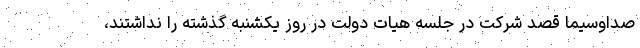
صداوسیما قصد شرکت در جلسه هیات دولت در روز یکشنبه گذشته را نداشتند،